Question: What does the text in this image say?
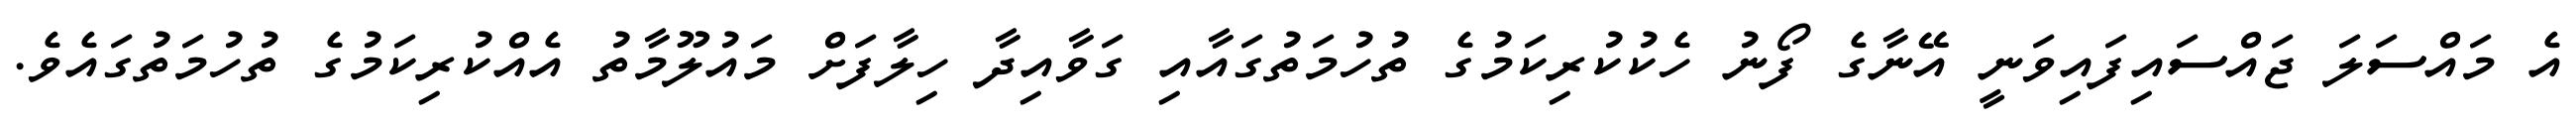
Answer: އެ މައްސަލަ ޖައްސައިފައިވަނީ އޭނާގެ ފޯނު ހެކުކުރިކަމުގެ ތުހުމަތުގައާއި ގަވާއިދާ ހިލާފަށް މައުލޫމާތު އެއްކުރިކަމުގެ ތުހުމަތުގައެވެ.